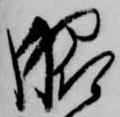
脇